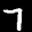
Label: 7